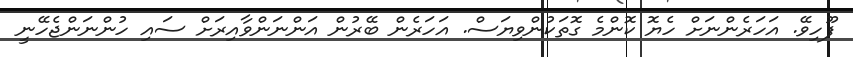
ފޫހިވޭ. އަހަރެންނަށް ހެޔޮ ކޮންމެ ގޮތަކުންވިޔަސް. އަހަރެން ބޭރުން އަންނަންވާއިރަށް ސައި ހުންނަންޖެހޭނީ